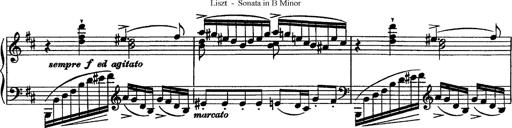
Title: Piano Sonata
Composer: Karl HÃ¤ssler
Key: C major